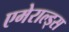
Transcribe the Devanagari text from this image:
एमेराल्ड्स